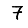
Digit: 7